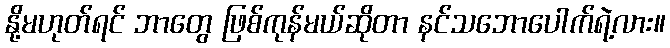
နို့မဟုတ်ရင် ဘာတွေ ဖြစ်ကုန်မယ်ဆိုတာ နင်သဘောပေါက်ရဲ့လား။